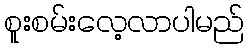
စူးစမ်းလေ့လာပါမည်